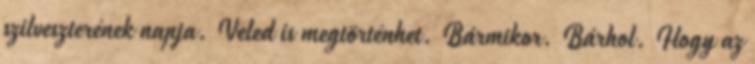
szilveszterének napja. Veled is megtörténhet. Bármikor. Bárhol. Hogy az